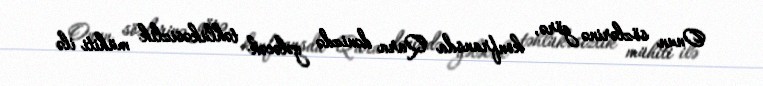
Onun sözlərinə görə, konfransda Qara dənizdə gələcək təhlükəsizlik mühiti ilə